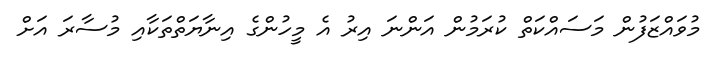
މުވައްޒަފުން މަސައްކަތް ކުރަމުން އަންނަ އިރު އެ މީހުންގެ އިނާޔަތްތަކާއި މުސާރަ އަށް